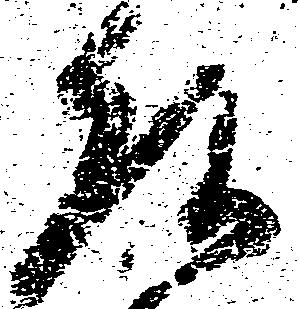
頭